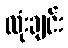
လုံးချင်း